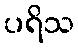
ပရိသ